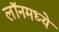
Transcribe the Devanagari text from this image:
लॉनमध्ये